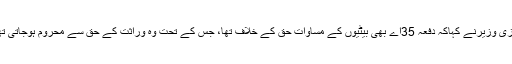
مرکزی وزیرنے کہاکہ دفعہ 35اے بھی بیٹیوں کے مساوات حق کے خلاف تھا، جس کے تحت وہ وراثت کے حق سے محروم ہوجاتی تھیں ۔